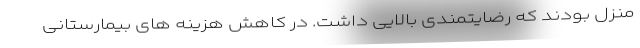
منزل بودند که رضایتمندی بالایی داشت. در کاهش هزینه های بیمارستانی